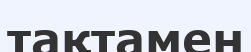
тақтамен